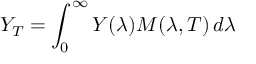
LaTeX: Y _ { T } = \int _ { 0 } ^ { \infty } Y ( \lambda ) M ( \lambda , T ) \, d \lambda